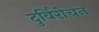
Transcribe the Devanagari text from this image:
दुर्विरोचन